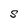
Character: S